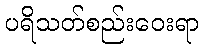
ပရိသတ်စည်းဝေးရာ